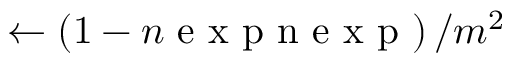
\leftarrow \left( 1 - n \mathrm { ~ e ~ x ~ p ~ n ~ e ~ x ~ p ~ } \right) / m ^ { 2 }